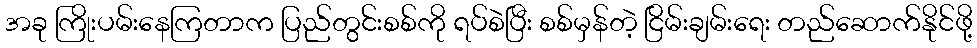
အခု ကြိုးပမ်းနေကြတာက ပြည်တွင်းစစ်ကို ရပ်စဲပြီး စစ်မှန်တဲ့ ငြိမ်းချမ်းရေး တည်ဆောက်နိုင်ဖို့